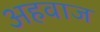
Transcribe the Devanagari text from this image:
अहवाज